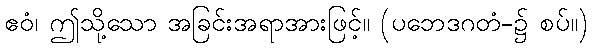
ဧဝံ၊ ဤသို့သော အခြင်းအရာအားဖြင့်။ (ပဘေဒဂတံ-၌ စပ်။)